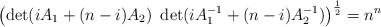
\begin{align*}\left( \det (i A_1 + (n-i)A_2) \ \det (i A_1^{-1} + (n-i)A_2^{-1} ) \right)^{\frac{1}{2}} = n^n\end{align*}